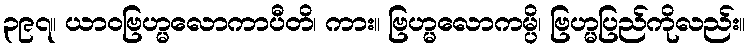
၃၉၇။ ယာဝဗြဟ္မလောကာပီတိ၊ ကား။ ဗြဟ္မလောကမ္ပိ၊ ဗြဟ္မပြည်ကိုလည်း။